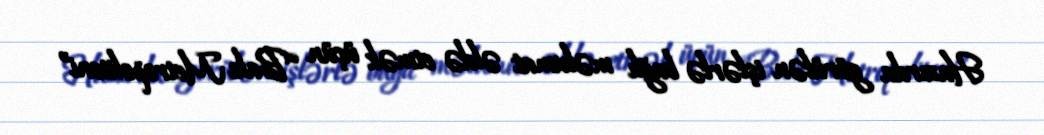
Hazırda görülən işlərlə bağlı məlumat əldə etmək üçün “Bakı Metropoliteni”